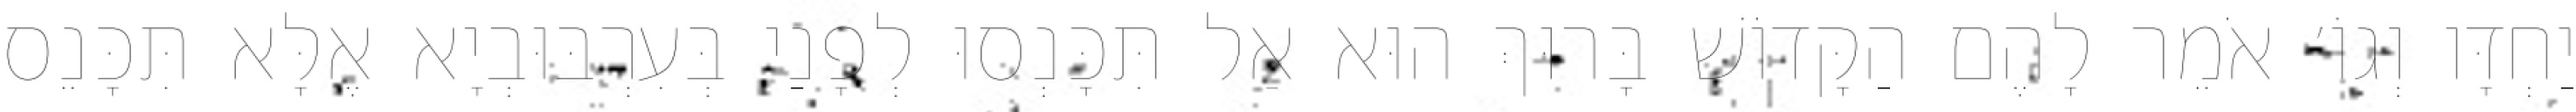
יַחְדָּו וְגוֹ׳ אֹמֵר לָהֶם הַקָּדוֹשׁ בָּרוּךְ הוּא אַל תִּכָּנְסוּ לְפָנַי בְּעִרְבּוּבְיָא אֶלָּא תִּכָּנֵס